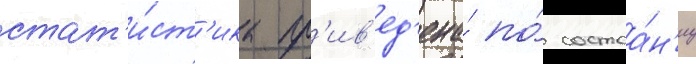
стат'и́ст'ика пр'ив'ед'ена́ по́ состоа́н'иу